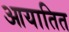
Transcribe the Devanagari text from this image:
आयातित